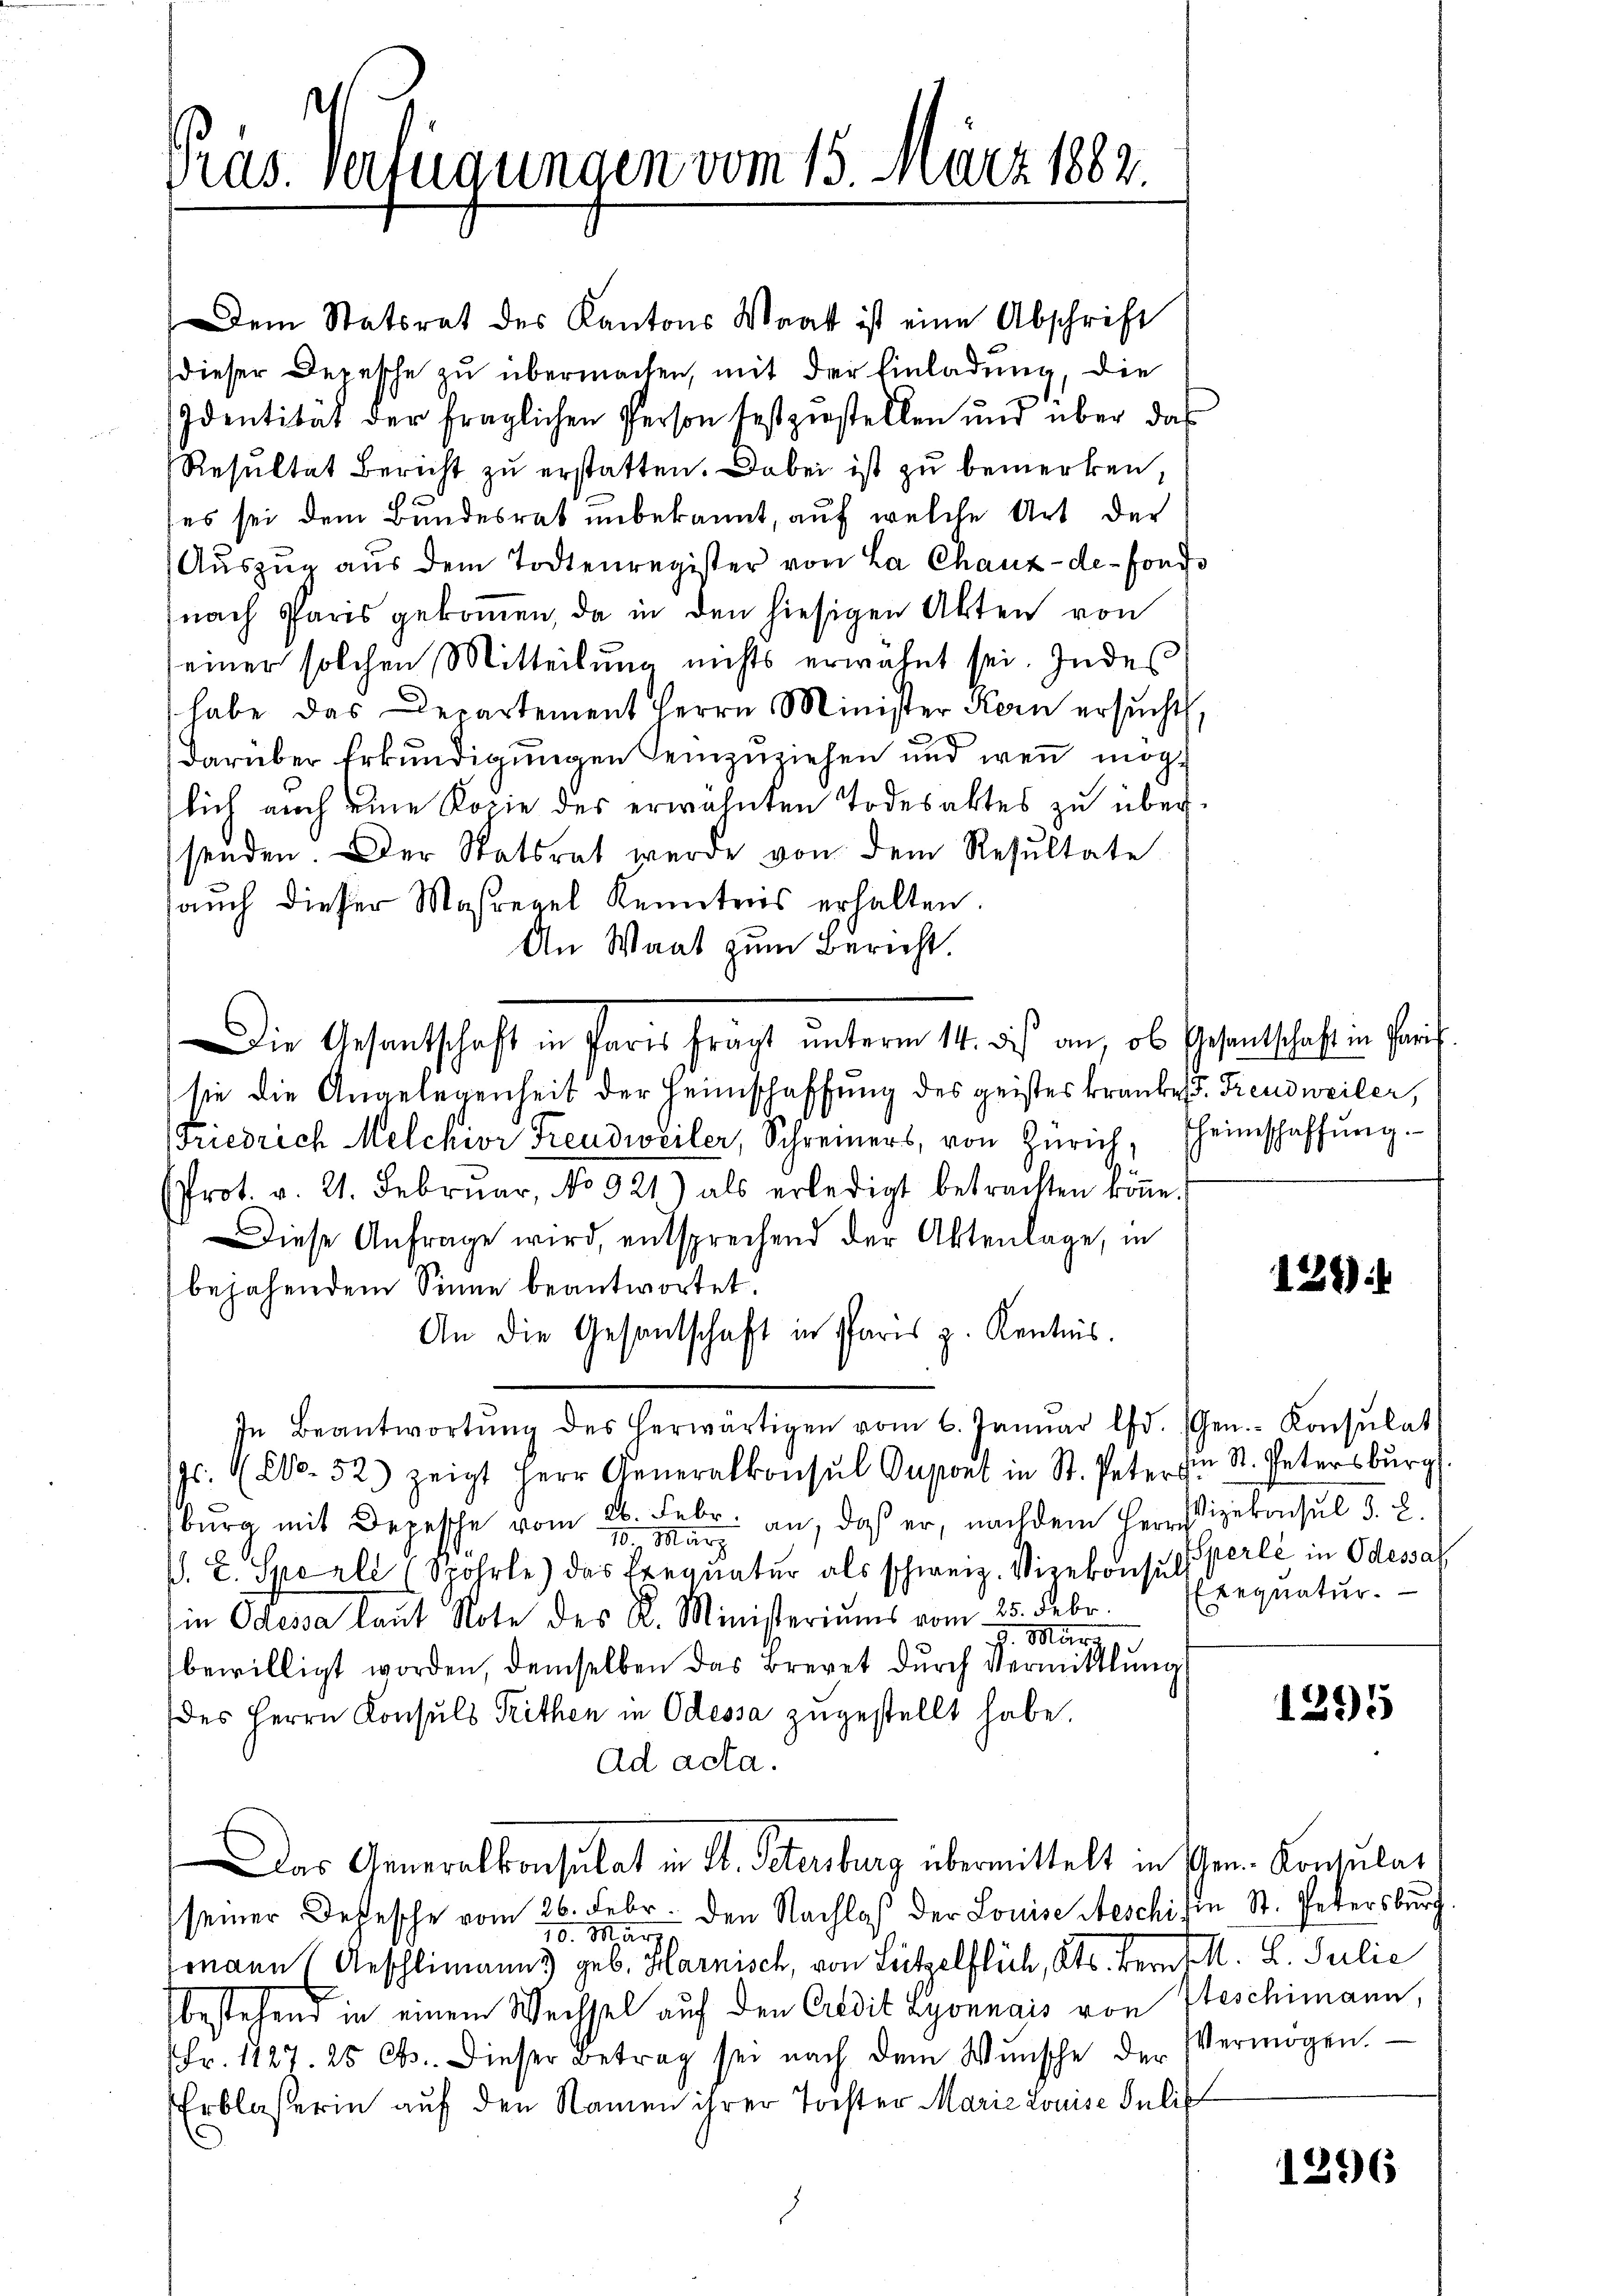
Pras. Verfügungen vom 15. März 1882.

Die Gesantschaft in Paris frägt unterm 14. bis an, ob Gesandtschaft in Paris

Dem Statsrat des Kantons Waat ist eine Abschrift
dieser Depesche zu übermachen, mit der Einladung die
Identität der fraglichen Person festzustellen und über das
Resultat Bericht zŭ erstatten. Dabei ist zu bemerken,
x
(es sei dem Bundesrat unbekannt, auf welche Art der
Aŭszŭg aŭs dem Todtenregister von La Chaux-de-Fonds
nach Paris gekommen, da in den hiesigen Akten von
einer solchen Mitteilung nichts erwähnt sei. Indes
 habe das Departement Herrn Minister Korn ersŭcht,
darüber Erkundigungen seinzuziehen und wenn mögsich auch eine Kopie des erwähnten Todesaktes zu über
senden. Der Statsrat werde von dem Resultate
auch dieser Maßregel Kenntnis erhalten.
An Waat zum Bericht.
sie die Angelegenheit der Heimschaffung des geistes kranke u. Freudweiler,
Friedrich Melchior Freudweiler, Schreiners, von Zürich, Theimschaffŭng.
Prot. v. 21. Februar, No 921) als erledigt betrachten könne.
Diese Anfrage wird, entsprechend der Aktenlage, in
bejahendem Sinne beantwortet.
An die Gesantschaft in Paris z. Kentnis.
In Beantwortŭng des herwärtigen vom 6. Januar lfd. (Gen.- Konsŭlat
s. No. 52) zeigt Herr Generalkonsul Oupont in St. Peter in St. Petersburg.
bŭrg mit Depesche vom 26. Febr. an, daß er, nachdem Herrn
10. März
V. L. Sperli Spohrle) das Frequatur als schweiz. Vizekonsul
in Odessa laut Note des K. Ministeriums vom 25. Febr.
7. Mar
bewilligt worden, demselben das Brevet durch vermittlung
des Herrn Konsuls Trithen in Odessa zugestellt habe.
Ad acta.
Das Generalkonsulat in St. Petersburg übermittelt in Ihren Konsulat
seiner Depesche vom 26. Febr. den Nachlaß der Louise Aeschifen St. Petersburch
10. März
omann Geschlimanns geb. Harnisch, von Lützelflich, Kts. Bern M. L. Julie
bestehend in einem Wechsel auf den Credit Lyonnais von Geschimann,
Fr. 1127 25 Cts. Dieser Betrag sei nach dem Wunsche der
Erblasserin auf den Namen ihrer Tochter Marie Louise Juli

124)

Vizekonsul d. 2.
Sperli in Odessal
Exequatur.

1295

Vermögen.

1296